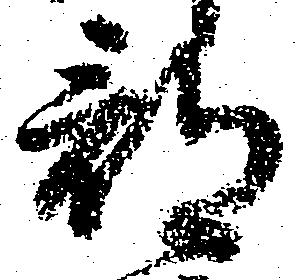
部